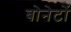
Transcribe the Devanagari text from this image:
बोनेटों